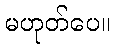
မဟုတ်ပေ။